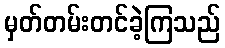
မှတ်တမ်းတင်ခဲ့ကြသည်